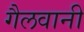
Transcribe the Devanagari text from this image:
गैलवानी